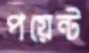
পয়েন্ট